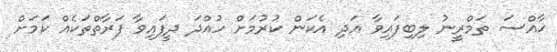
ޚާއްސަ ތަމްރީނު ލިބިފައިވާ އަދި އެކަން ކުރުމަށް ހުއްދަ ދީފައިވާ ފަރާތްތަކެއް ކަމަށް